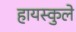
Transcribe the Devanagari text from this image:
हायस्कुले